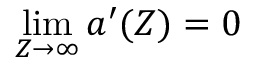
\operatorname* { l i m } _ { Z \to \infty } { a } ^ { \prime } ( Z ) = 0